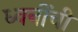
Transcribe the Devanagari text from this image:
ध्वनींची